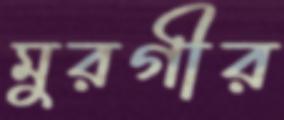
মুরগীর